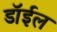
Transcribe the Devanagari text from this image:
डॉईल